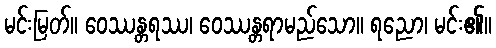
မင်းမြတ်။ ဝေဿန္တရဿ၊ ဝေဿန္တရာမည်သော။ ရညော၊ မင်း၏။